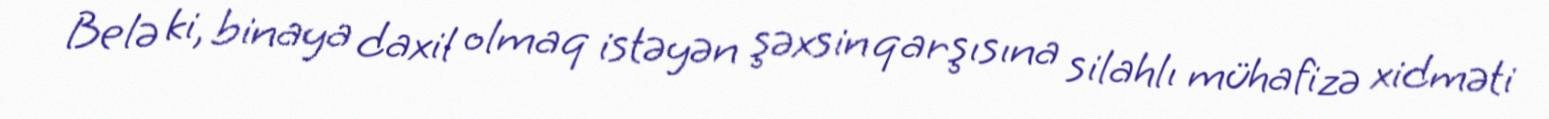
Belə ki, binaya daxil olmaq istəyən şəxsin qarşısına silahlı mühafizə xidməti